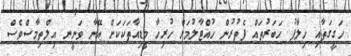
ހަގީގަތާއި ހިލާފު ހަބަރުތައް ފެތުރުން ހުއްޓާލުމަށް ހުރިހާ މީޑިއާތަކަކަށް އޭނާ ވަނީނ އިލްތިމާސްވެސް